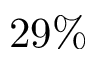
2 9 \%